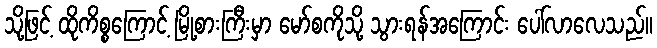
သို့ဖြင့် ထိုကိစ္စကြောင့် မြို့စားကြီးမှာ မော်စကိုသို့ သွားရန်အကြောင်း ပေါ်လာလေသည်။